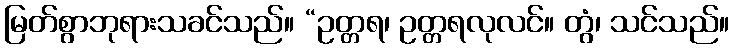
မြတ်စွာဘုရားသခင်သည်။ “ဥတ္တရ၊ ဥတ္တရလုလင်။ တွံ၊ သင်သည်။